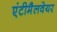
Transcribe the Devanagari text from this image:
एंटीमैलवेयर